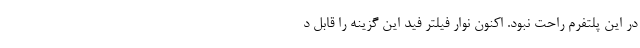
در این پلتفرم راحت نبود. اکنون نوار فیلتر فید این گزینه را قابل د